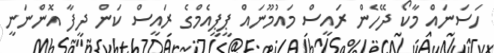
ހަސަނައް މާކޯ ދޭހެން ރައީސް މައުމޫނައް ޕީޕީއެމްގެ ރައީސް ކަން ދީފާ އޮންނަނީ